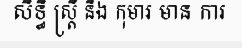
សិទ្ធិ ស្ត្រី និង កុមារ មាន ការ